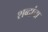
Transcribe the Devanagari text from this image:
शब्‍दांचा